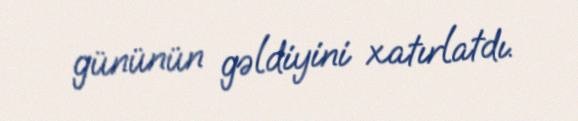
gününün gəldiyini xatırlatdı.